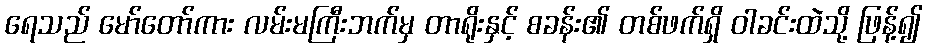
ရေသည် မော်တော်ကား လမ်းမကြီးဘက်မှ တာရိုးနှင့် စခန်း၏ တစ်ဖက်ရှိ ဝါခင်းထဲသို့ ဖြန့်၍